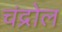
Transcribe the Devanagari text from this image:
चंद्रोल